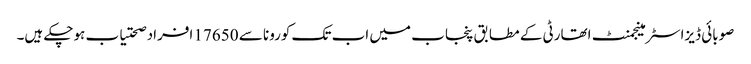
صوبائی ڈیزاسٹر مینجمنٹ اتھارٹی کے مطابق پنجاب میں اب تک کورونا سے 17650 افراد صحتیاب ہوچکے ہیں۔